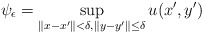
\begin{align*}\psi_\epsilon = \sup_{\|x-x'\|< \delta, \|y-y'\|\le \delta} u(x',y') \end{align*}